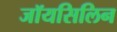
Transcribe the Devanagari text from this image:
जॉयसिलिन